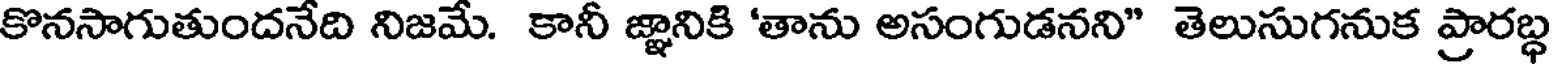
కొనసాగుతుందనేది నిజమే. కానీ జ్ఞానికి 'తాను అసంగుడనని" తెలుసుగనుక ప్రారబ్ధ